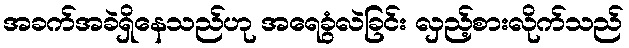
အခက်အခဲရှိနေသည်ဟု အရေခွံလဲခြင်း လှည့်စားလိုက်သည်